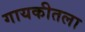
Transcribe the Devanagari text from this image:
गायकीतला